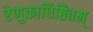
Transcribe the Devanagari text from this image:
रेणुकाधिष्ठितम्‌